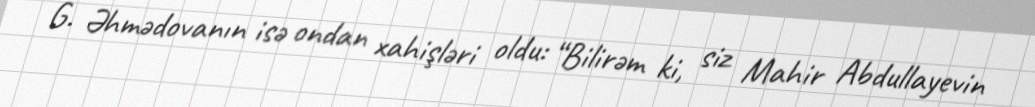
G. Əhmədovanın isə ondan xahişləri oldu: “Bilirəm ki, siz Mahir Abdullayevin